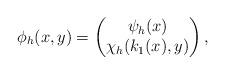
LaTeX: \begin{align*}\phi_h(x,y) = \begin{pmatrix} \psi_h(x)\\ \chi_h(k_1(x),y) \end{pmatrix},\end{align*}